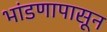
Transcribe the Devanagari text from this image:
भांडणापासून